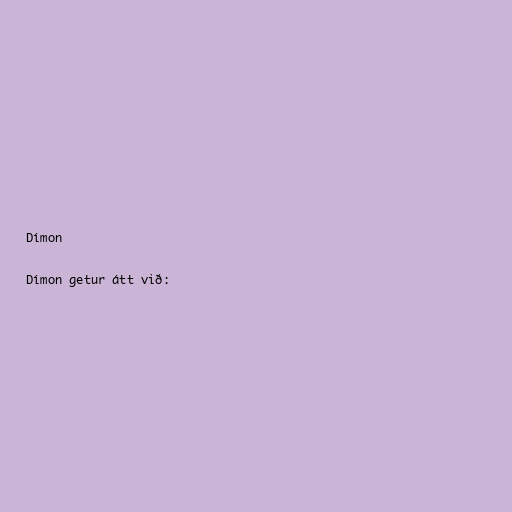
Dímon

Dímon getur átt við: